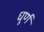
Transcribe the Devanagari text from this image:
धूर्ण